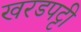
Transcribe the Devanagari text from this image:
खरडपट्टी